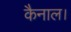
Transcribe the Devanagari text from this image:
कैनाल।